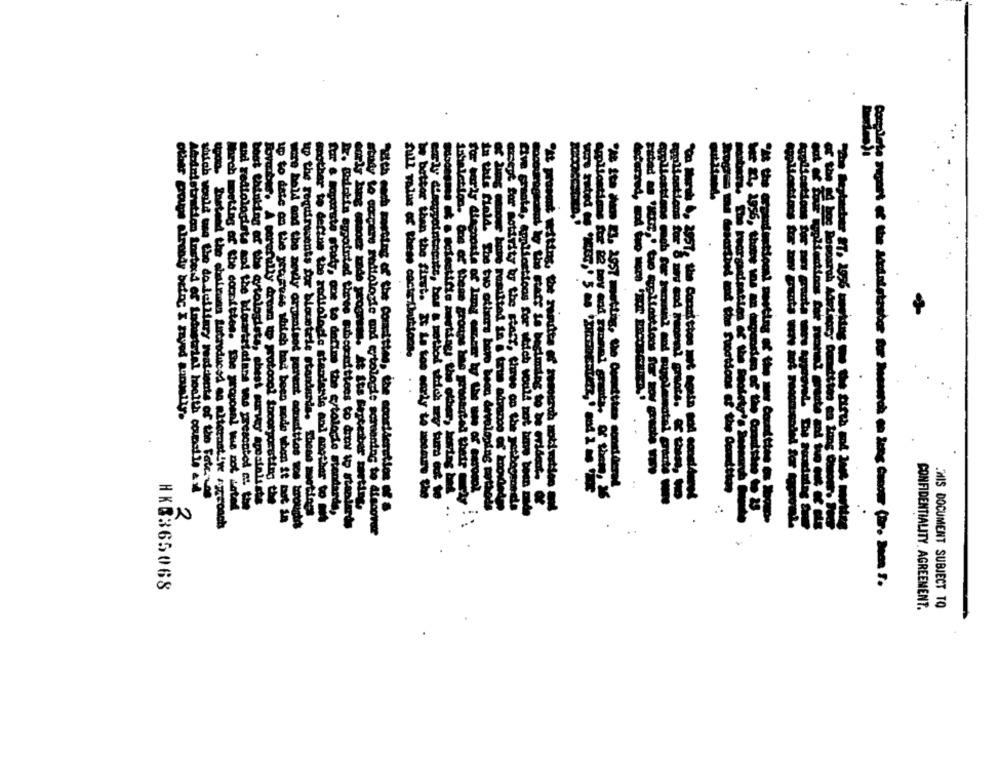
full value Of these cocte (buttons.
..
other powe already being X zzyed Rapulty.
applications cash for pool and nirolendtel
Lobaletten. One of these groups bas youwanted thetr
emilantioms but 2 nov and rummet prata, of them ,
M Ite em is. 2957 metting, the Committee considere
@sept for motirity by the staff, three on the petbeginnt
ge - northedmund the Suogtons of the Confetde
Atsindstrutton Instead of Industrial health coupsite &
which would use the do duiliary residents of the Fatenos
and redtologists and the bloumtricians was presented c. to
bost thinking of the aytologists, chest survey' greatalsste
betterthan the first .- - to wy - was the
five create, Applications for which would not be been
Wach meeting of the committee. the proposal was not ater
Buverbet. A merefully dream to protocol incorporating the
up the requirements for blowstele standards. These meetings
in this field. The two others bero been developing methods
for & mayoaste study, one to define the e/tologie standarde,
2
up to date on the recy 1246 Mich bad been mode whom it bet in
tre bold and the aovly ominaisod ponent adrafttos tos brought
mother to define the radiologie standants and another to mit
Dr. Bainkin appointed three subcocuittees to domy to standards
study to mocparu mellologie und ertologie screening to discowe
Upon. Instead the obsteman Zubroduces as alternative coach
HKQ365068
CONFIDENTIALITY. AGREEMENT.
.HIS DOCUMENT SUBJECT TO